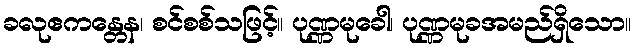
ခလုဧကန္တေန၊ စင်စစ်သဖြင့်။ ပုဏ္ဏမုခေါ၊ ပုဏ္ဏမုခအမည်ရှိသော။